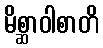
မိစ္ဆာဝါစာတိ